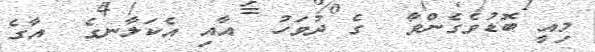
މިއީ ބޮޑުވެގެންވާ  ގެ ދުވަހު  އާއި އެކަލާނގެ  އާގެ